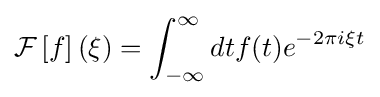
{\mathcal {F}}\left[f\right](\xi )=\int _{-\infty }^{\infty }dtf(t)e^{-2\pi i\xi t}